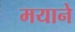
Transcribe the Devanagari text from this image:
मयाने